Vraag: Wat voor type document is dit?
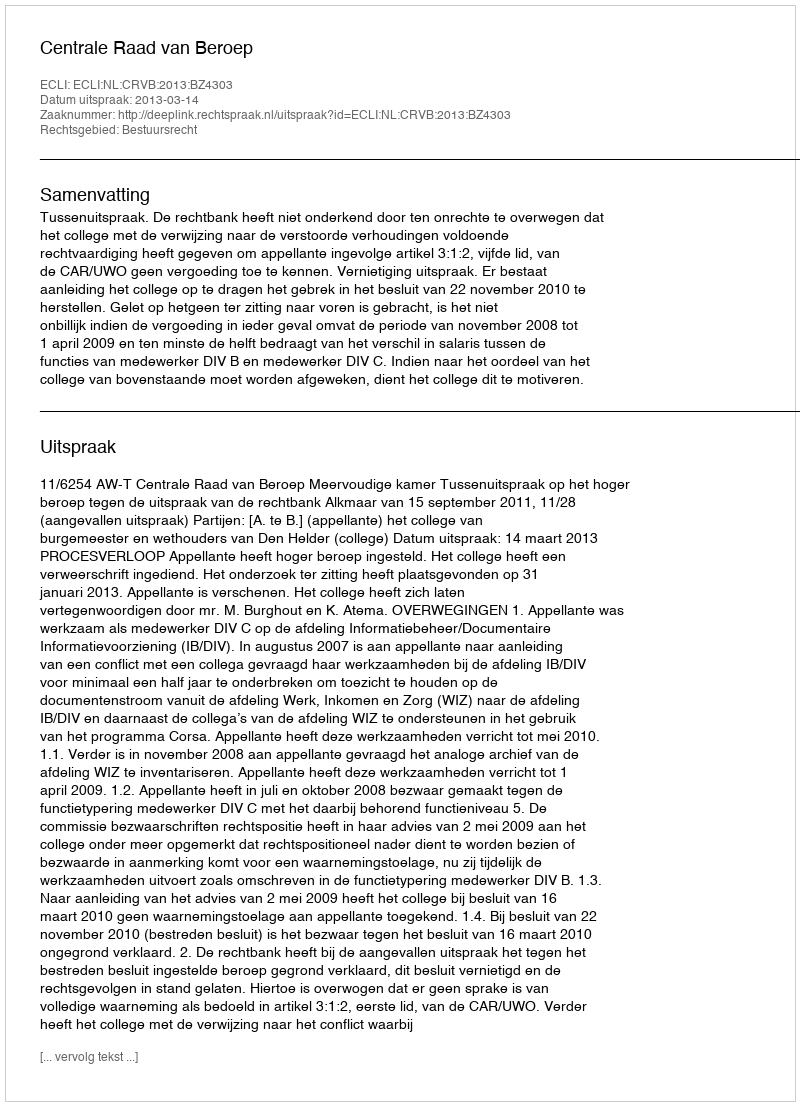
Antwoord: Uitspraak